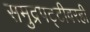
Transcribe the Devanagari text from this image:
समुद्रपट्टीवरही